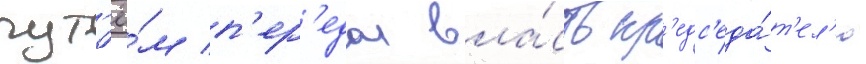
пут'ё́м п'ер'едал вла́сть пр'едс'еда́т'ел'ю